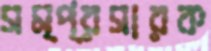
সম্প্রসারক